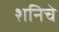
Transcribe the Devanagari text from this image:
शनिचे